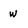
Character: w